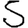
Digit: 5